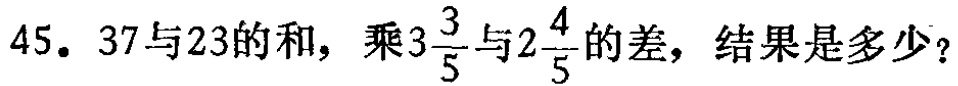
45. 37与23的和，乘\(3\frac{3}{5}\)与\(2\frac{4}{5}\)的差，结果是多少？